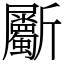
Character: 斸